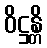
ဝိဋ္ဌန္တိ